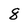
Character: 8